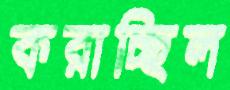
করাচ্ছিল